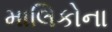
માલિકોના